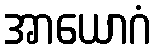
အာယောဂံ